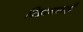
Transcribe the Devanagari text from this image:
विज्ञानालाही